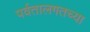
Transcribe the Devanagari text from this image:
पर्वतालगतच्या